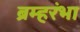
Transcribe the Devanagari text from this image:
ब्रम्हरंभा